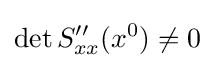
\det S''_{xx}(x^{0})\neq 0